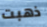
ذهبت